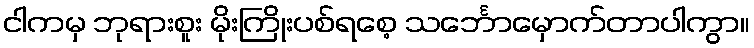
ငါကမှ ဘုရားစူး မိုးကြိုးပစ်ရစေ့ သင်္ဘောမှောက်တာပါကွာ။